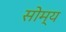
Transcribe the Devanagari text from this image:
सोम्य